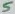
Text: 5